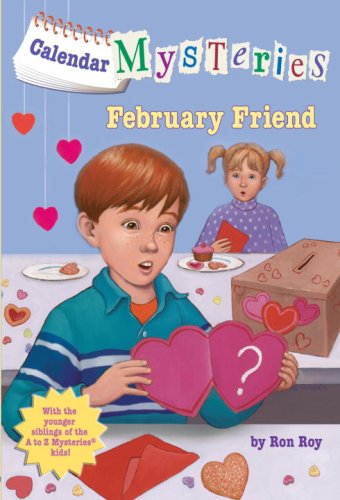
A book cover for February Friend (Turtleback School & Library Binding Edition) (Calendar Mysteries (Unnumbered Pb)); Ron Roy; Children's Books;